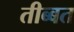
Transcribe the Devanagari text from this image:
तीब्‍बत